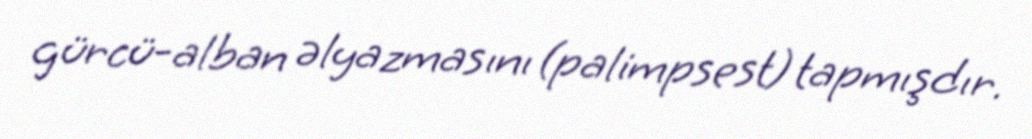
gürcü-alban əlyazmasını (palimpsest) tapmışdır.